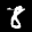
Label: 8